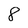
Character: 8